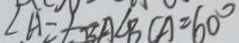
\angle A = \angle B A \angle B C A = 6 0 ^ { \circ }